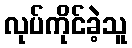
လုပ်ကိုင်ခဲ့သူ